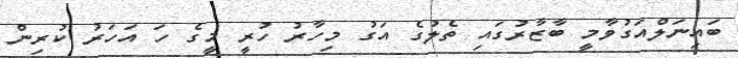
ބައިނަލްއަގުވާމީ ބާޒާރުގައި ތެލުގެ އަގު މިހާރު ހުރީ މީގެ ހަ އަހަރު ކުރިން